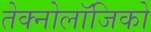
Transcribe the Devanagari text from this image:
तेक्नोलॉजिको